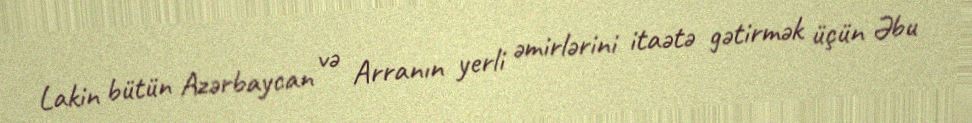
Lakin bütün Azərbaycan və Arranın yerli əmirlərini itaətə gətirmək üçün Əbu